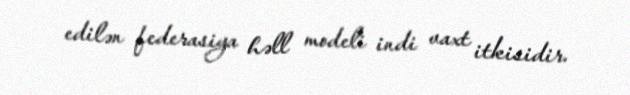
edilən federasiya həll modeli indi vaxt itkisidir.